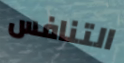
التنافس